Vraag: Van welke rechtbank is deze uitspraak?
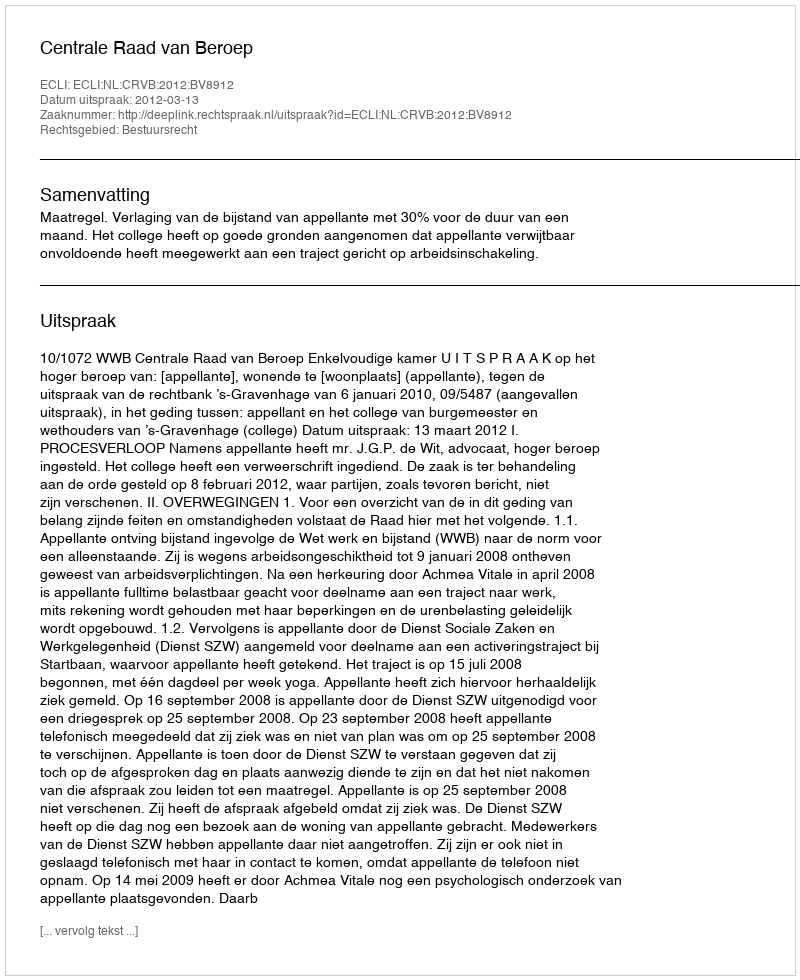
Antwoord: Centrale Raad van Beroep